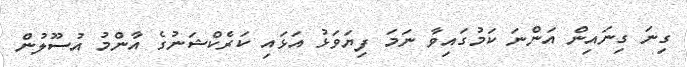
ގިނަ ގިނައިން އަންނަ ކަމުގައިވާ ނަމަ ފިޔަވަޅު އަޅައި ކަރެކްޝަނުގެ އާންމު އުސޫލުން